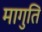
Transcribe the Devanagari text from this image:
मागुति